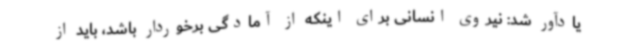
یادآور شد: نیروی انسانی برای اینکه از آمادگی برخوردار باشد، باید از